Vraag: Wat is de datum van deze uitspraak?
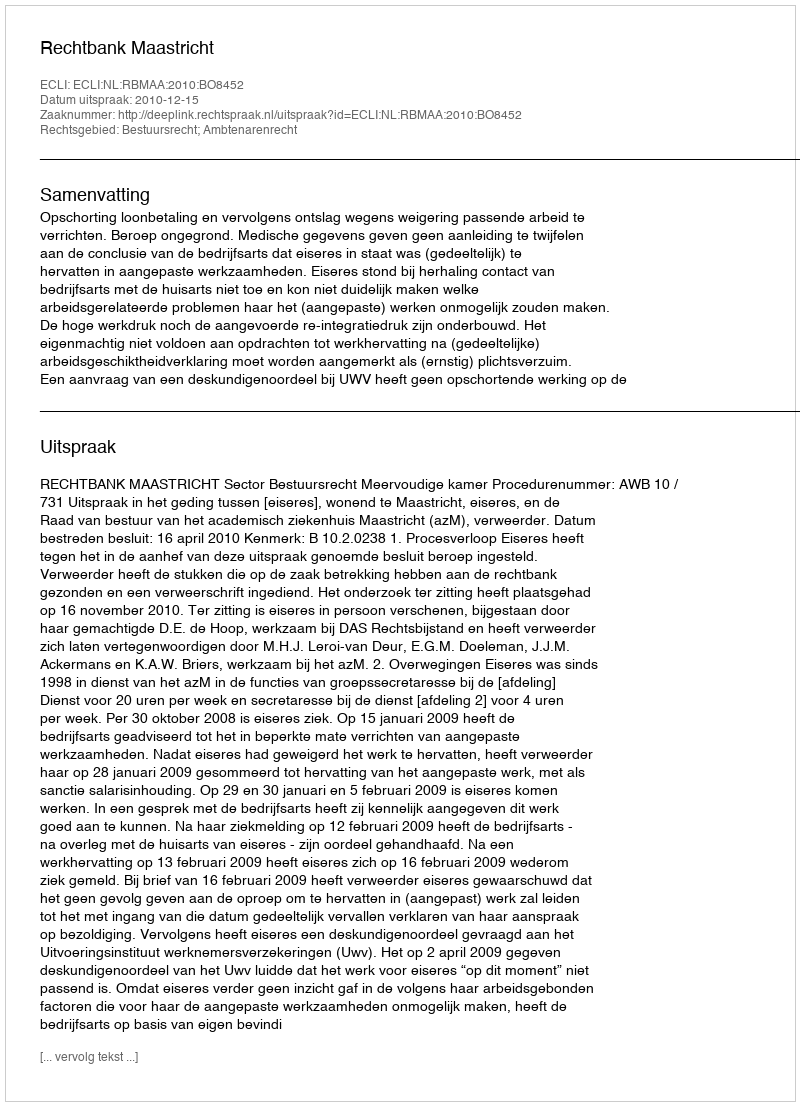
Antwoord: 2010-12-15